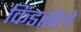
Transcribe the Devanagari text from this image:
किंडर्सले